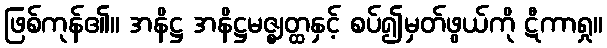
ဖြစ်ကုန်၏။ အနိဋ္ဌ အနိဋ္ဌမဇ္ဈတ္ထနှင့် စပ်၍မှတ်ဖွယ်ကို ဋီကာရှု။